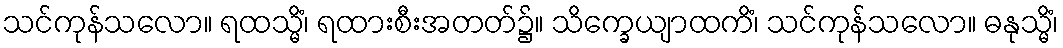
သင်ကုန်သလော။ ရထသ္မိံ၊ ရထားစီးအတတ်၌။ သိက္ခေယျာထကိံ၊ သင်ကုန်သလော။ ဓနုသ္မိံ၊